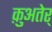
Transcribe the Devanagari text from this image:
क़ुअतेर्